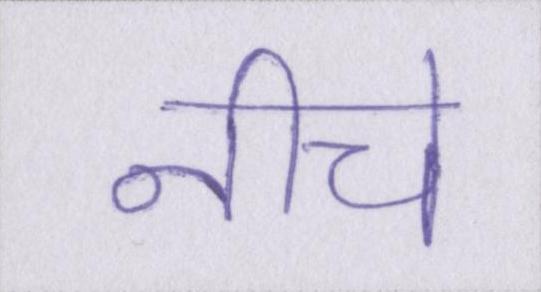
नीचे